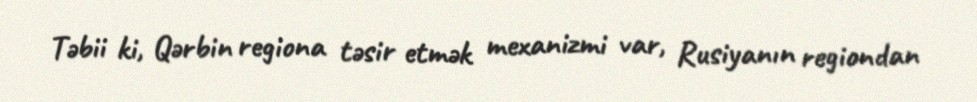
Təbii ki, Qərbin regiona təsir etmək mexanizmi var, Rusiyanın regiondan